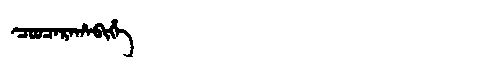
Manchu: ᠴᠣᠣᠴᠠᡵᠠᡥᠠᠪᡳᡥᡝ
Romanization: COOCARAHABIHE